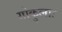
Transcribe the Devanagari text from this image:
गोकुलाः